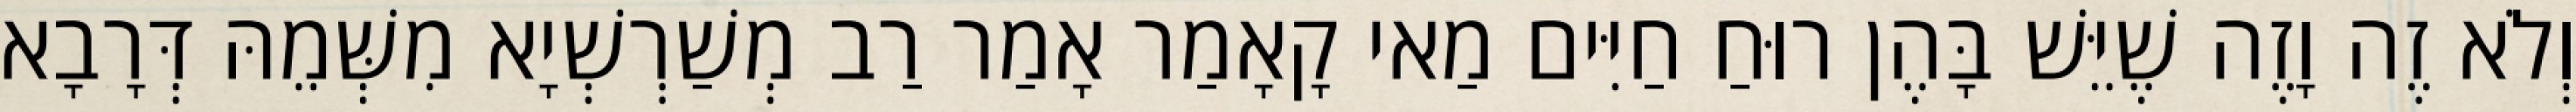
וְלֹא זֶה וָזֶה שֶׁיֵּשׁ בָּהֶן רוּחַ חַיִּים מַאי קָאָמַר אָמַר רַב מְשַׁרְשְׁיָא מִשְּׁמֵהּ דְּרָבָא